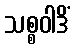
သစ္စဝါဒိံ